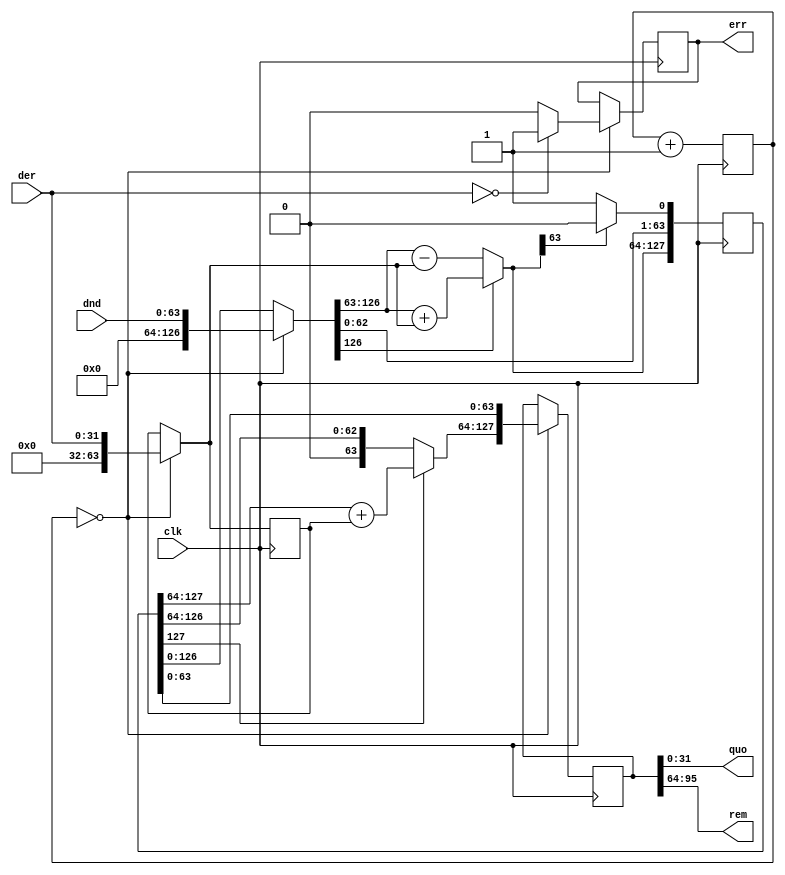
`timescale 1ns / 1ps
//////////////////////////////////////////////////////////////////////////////////
// Company:
// Engineer:
//
// Design Name:
// Module Name:    div_int
// Project Name:
// Target Devices:
// Tool versions:
// Description:
//
// Dependencies:
//
// Revision:
// Revision 0.01 - File Created
// Additional Comments:
//
//////////////////////////////////////////////////////////////////////////////////
module div_int_u(
	 input clk,
    input [63:0] dnd,
    input [31:0] der,
    output [31:0] quo,
    output [31:0] rem,
    output err
    );

reg [127:0] PA;
reg [127:0] res;
reg [5:0] cnt;
reg [63:0] B = 64'b0;
reg errf;

assign quo = res[31:0];
assign rem = res[95:64];
assign err = errf;

initial begin
	cnt = 6'b0;
	PA = 128'b0;
end

always @(posedge clk) begin
	if (cnt == 0) begin
		if (PA[127] == 1) begin
			PA[127:64] = PA[127:64] + B;
		end
		res = PA;
		if (PA[63:32] != 0) begin
			errf = 1;
		end

		//=============================
		B = {32'b0, der};
		PA = {64'b0, dnd};

		errf = 0;
		if (B == 0) begin
			errf = 1;
		end
	end
	PA = PA << 1;
	//----------------------
	if (PA[127] == 1) begin
		PA[127:64] = PA[127:64] + B;
	end
	else begin
		PA[127:64] = PA[127:64] - B;
	end
	//----------------------
	if (PA[127] == 1) begin
		PA[0] = 0;
	end
	else begin
		PA[0] = 1;
	end
	//----------------------
	cnt = cnt + 1;
end
endmodule